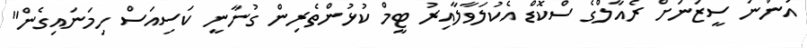
އަންނަ ސީޒަނަށް ރެއާލްގެ ސްކޮޑް އެކުލަވާލާއިރު ޓީމް ކުޅުންތެރިން ގުނާނީ ކަސިއަސް ހިމަނައިގެން"